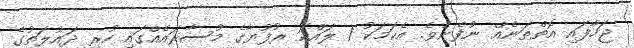
ޖަހާފައި އޮތްތަނެއް ނުފެނެވެ. އެކަމަކު 1 ލައްކަ ރުފުޔާގެ މުސާރައެއްގައި ހުރި ދައުލަތުގެ